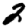
Digit: 2